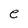
Character: e